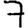
Digit: 7